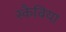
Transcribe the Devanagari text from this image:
स्कैबिया